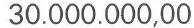
30.000.000,00